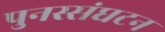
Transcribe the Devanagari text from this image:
पुनस्संघटन